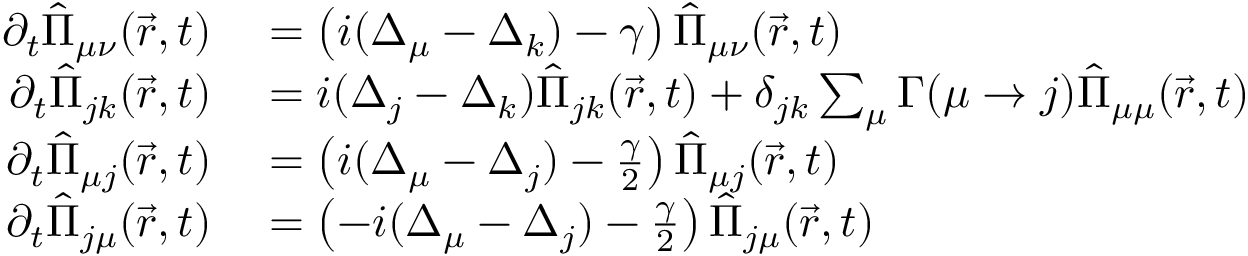
\begin{array} { r l } { \partial _ { t } \hat { \Pi } _ { \mu \nu } ( \vec { r } , t ) } & { { } = \left( i ( \Delta _ { \mu } - \Delta _ { k } ) - \gamma \right) \hat { \Pi } _ { \mu \nu } ( \vec { r } , t ) } \\ { \partial _ { t } \hat { \Pi } _ { j k } ( \vec { r } , t ) } & { { } = i ( \Delta _ { j } - \Delta _ { k } ) \hat { \Pi } _ { j k } ( \vec { r } , t ) + \delta _ { j k } \sum _ { \mu } \Gamma ( \mu \to j ) \hat { \Pi } _ { \mu \mu } ( \vec { r } , t ) } \\ { \partial _ { t } \hat { \Pi } _ { \mu j } ( \vec { r } , t ) } & { { } = \left( i ( \Delta _ { \mu } - \Delta _ { j } ) - \frac { \gamma } { 2 } \right) \hat { \Pi } _ { \mu j } ( \vec { r } , t ) } \\ { \partial _ { t } \hat { \Pi } _ { j \mu } ( \vec { r } , t ) } & { { } = \left( - i ( \Delta _ { \mu } - \Delta _ { j } ) - \frac { \gamma } { 2 } \right) \hat { \Pi } _ { j \mu } ( \vec { r } , t ) } \end{array}